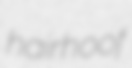
hairhoof